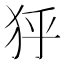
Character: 𤝘